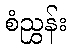
စံညွှန်း